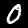
Digit: 0